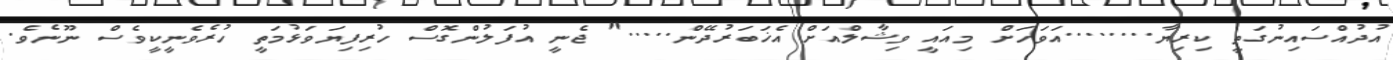
އުދުއްސައިނުގަތީ ކިރިޔާ........އަވަހަށް މިއައީ ވިޝާލްއަށް އެޚަބަރުދޭން....." ޖެނީ އުފަލުންގޮސް ހުރިފިޔަވަޅުމަތީ ހުރެވެނީކީވެސް ނޫނެވެ.